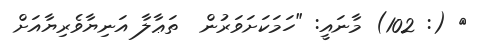
} (: 102) މާނައީ: "ހަމަކަށަވަރުން  ތަޢާލާ އަނިޔާވެރިޔާއަށް